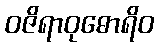
ဝဇိရာဝုဓောရိဝ